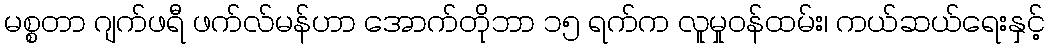
မစ္စတာ ဂျက်ဖရီ ဖက်လ်မန်ဟာ အောက်တိုဘာ ၁၅ ရက်က လူမှုဝန်ထမ်း၊ ကယ်ဆယ်ရေးနှင့်